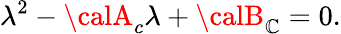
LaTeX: \lambda^{2}-{\calA}_{c}\lambda+{\calB}_{\mathbb{C}}=0.